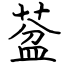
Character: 葐